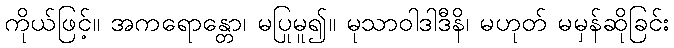
ကိုယ်ဖြင့်။ အကရောန္တော၊ မပြုမူ၍။ မုသာဝါဒါဒီနိ၊ မဟုတ် မမှန်ဆိုခြင်း